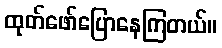
ထုတ်ဖော်ပြောနေကြတယ်။